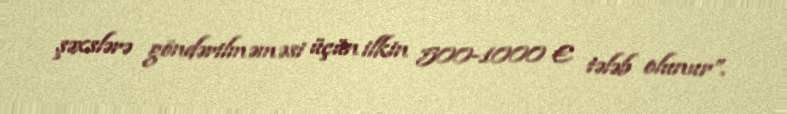
şəxslərə göndərilməməsi üçün ilkin 500-1000 € tələb olunur”.